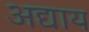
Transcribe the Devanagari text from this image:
अद्याय